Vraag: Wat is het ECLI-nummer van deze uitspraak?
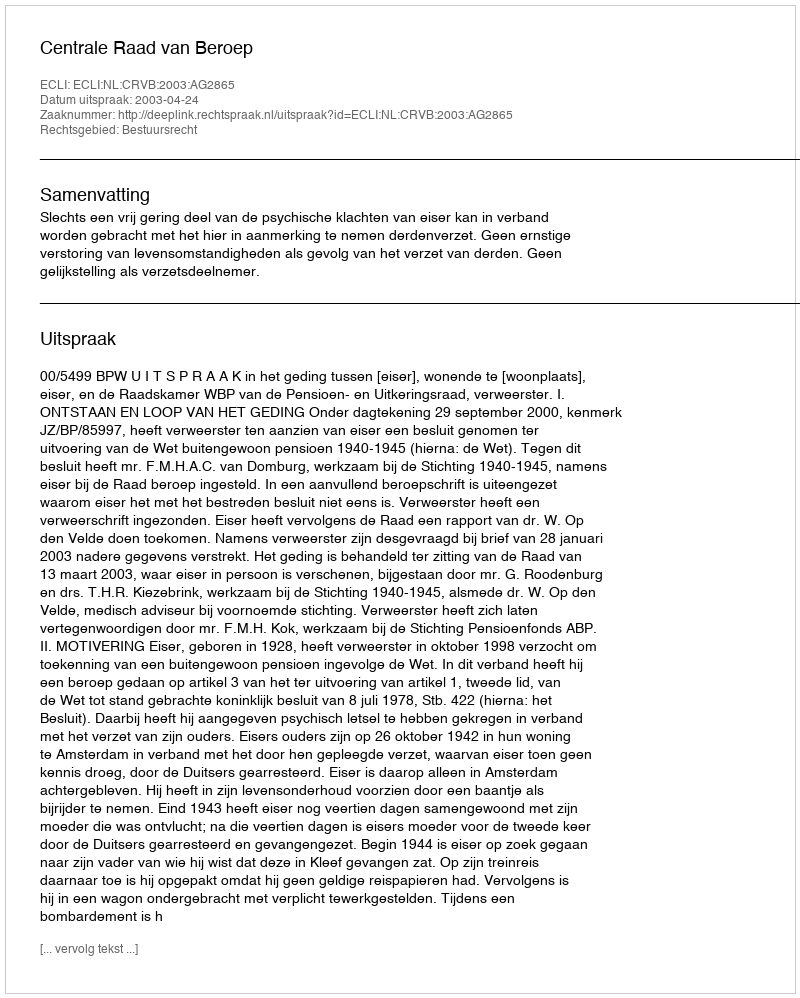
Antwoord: ECLI:NL:CRVB:2003:AG2865